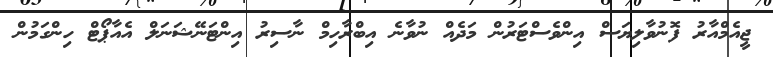
ޖީއެމްއާރު ފޮނުވާލިޔަސް އިންވެސްޓަރުން މަދެއް ނުވާނެ އިބްރާހިމް ނާސިރު އިންޓަނޭޝަނަލް އެއާޕޯޓް ހިންގަމުން